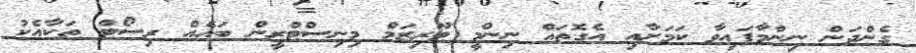
ގެންދަން ނިންމާފައިވާ ކަމަށާއި އެގޮތައް ނިންމީ ޓޫރިޒަމް މިނިސްޓްރީން ބައެއް ރިސޯޓް ތަކާއެކު